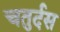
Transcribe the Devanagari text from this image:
चतुर्दस